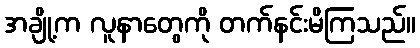
အချို့က လူနာတွေကို တက်နင်းမိကြသည်။